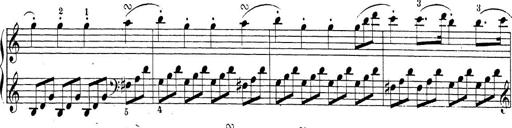
Title: Sonatina Album
Composer: Louis KÃ¶hler